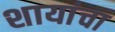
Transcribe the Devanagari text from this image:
शायांचा